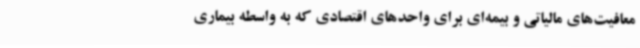
معافیت‌های مالیاتی و بیمه‌ای برای واحدهای اقتصادی که به واسطه بیماری